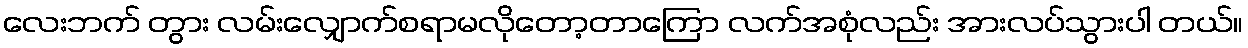
လေးဘက် တွား လမ်းလျှောက်စရာမလိုတော့တာကြော လက်အစုံလည်း အားလပ်သွားပါ တယ်။